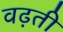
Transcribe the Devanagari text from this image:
वढ़ती